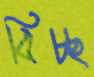
বিচ্ছ